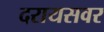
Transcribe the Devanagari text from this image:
दरायसवर